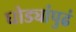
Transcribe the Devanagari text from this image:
घोड्यांपुढं